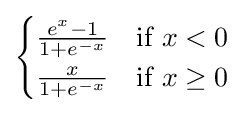
{\begin{cases}{\frac {e^{x}-1}{1+e^{-x}}}&{\text{if }}x<0\\{\frac {x}{1+e^{-x}}}&{\text{if }}x\geq 0\end{cases}}